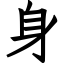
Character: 身